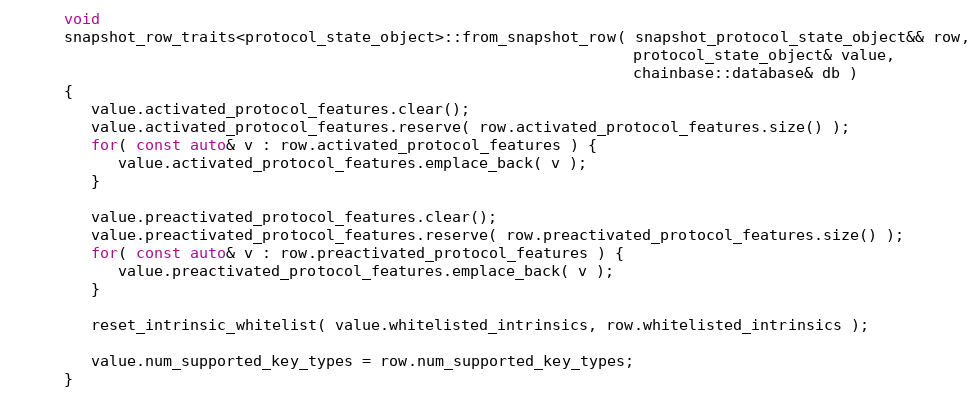
Language: C++
      void
      snapshot_row_traits<protocol_state_object>::from_snapshot_row( snapshot_protocol_state_object&& row,
                                                                     protocol_state_object& value,
                                                                     chainbase::database& db )
      {
         value.activated_protocol_features.clear();
         value.activated_protocol_features.reserve( row.activated_protocol_features.size() );
         for( const auto& v : row.activated_protocol_features ) {
            value.activated_protocol_features.emplace_back( v );
         }

         value.preactivated_protocol_features.clear();
         value.preactivated_protocol_features.reserve( row.preactivated_protocol_features.size() );
         for( const auto& v : row.preactivated_protocol_features ) {
            value.preactivated_protocol_features.emplace_back( v );
         }

         reset_intrinsic_whitelist( value.whitelisted_intrinsics, row.whitelisted_intrinsics );

         value.num_supported_key_types = row.num_supported_key_types;
      }